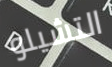
التشيلو